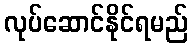
လုပ်ဆောင်နိုင်ရမည်